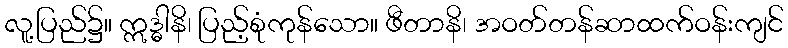
လူ့ပြည်၌။ ဣဒ္ဓါနိ၊ ပြည့်စုံကုန်သော။ ဖီတာနိ၊ အဝတ်တန်ဆာထက်ဝန်းကျင်